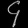
Digit: ၄